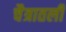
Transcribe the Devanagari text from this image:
चैत्रातली